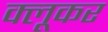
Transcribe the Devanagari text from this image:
क्लूकर